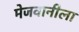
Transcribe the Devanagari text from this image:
मेजवानीला